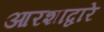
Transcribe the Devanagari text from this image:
आरशाद्वारे